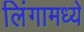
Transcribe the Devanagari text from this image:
लिंगामध्ये